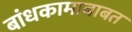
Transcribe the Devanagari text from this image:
बांधकामाबाबत